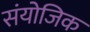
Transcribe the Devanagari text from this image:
संयोजिक